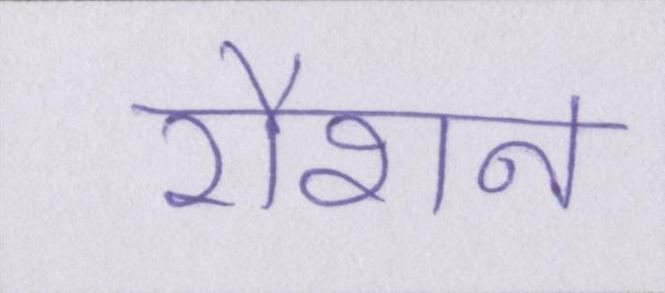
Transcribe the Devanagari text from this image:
रौशन